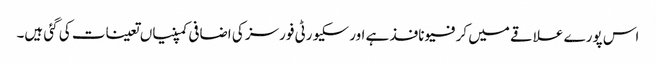
اس پورے علاقے میں کرفیو نافذ ہے اور سکیورٹی فورسز کی اضافی کمپنیاں تعینات کی گئی ہیں۔